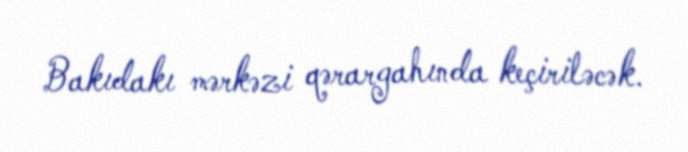
Bakıdakı mərkəzi qərargahında keçiriləcək.